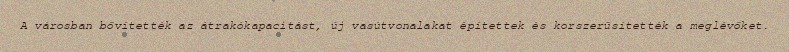
A városban bővítették az átrakókapacitást, új vasútvonalakat építettek és korszerűsítették a meglévőket.